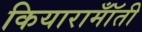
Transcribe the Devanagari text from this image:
कियारामॉँती